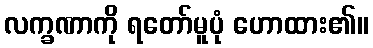
လက္ခဏာကို ရတော်မူပုံ ဟောထား၏။